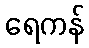
ရေကန်